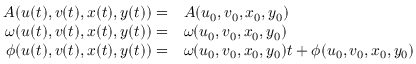
\begin{array} { r l } { A ( u ( t ) , v ( t ) , x ( t ) , y ( t ) ) = } & { A ( u _ { 0 } , v _ { 0 } , x _ { 0 } , y _ { 0 } ) } \\ { \omega ( u ( t ) , v ( t ) , x ( t ) , y ( t ) ) = } & { \omega ( u _ { 0 } , v _ { 0 } , x _ { 0 } , y _ { 0 } ) } \\ { \phi ( u ( t ) , v ( t ) , x ( t ) , y ( t ) ) = } & { \omega ( u _ { 0 } , v _ { 0 } , x _ { 0 } , y _ { 0 } ) t + \phi ( u _ { 0 } , v _ { 0 } , x _ { 0 } , y _ { 0 } ) } \end{array}